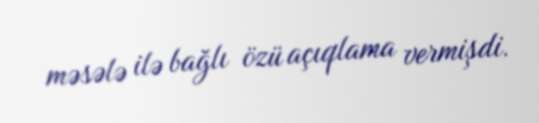
məsələ ilə bağlı özü açıqlama vermişdi.